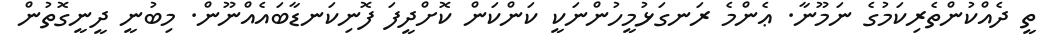
ތީ ދެއްކުންތެރިކަމުގެ ނަމޫނާ. ޢެންމެ ރަނގަޅުމީހުންނަކީ ކަންކަން ކޮށްދީފަ ފޮނިކަނޑާބައެއްނޫން. މިބުނީ ދީނީގޮތުން